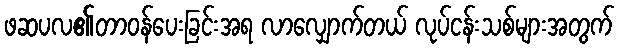
ဖဆပလ၏တာဝန်ပေးခြင်းအရ လာလျှောက်တယ် လုပ်ငန်းသစ်များအတွက်